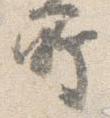
所